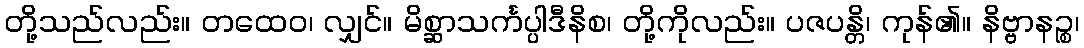
တို့သည်လည်း။ တထေဝ၊ လျှင်။ မိစ္ဆာသင်္ကပ္ပါဒီနိစ၊ တို့ကိုလည်း။ ပဇပန္တိ၊ ကုန်၏။ နိဗ္ဗာနဉ္စ၊